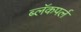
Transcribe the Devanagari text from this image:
ब्लॅकपर्ल